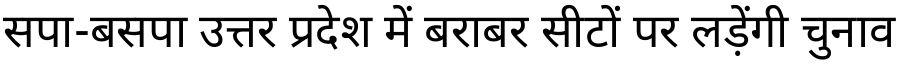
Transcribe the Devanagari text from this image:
सपा-बसपा उत्तर प्रदेश में बराबर सीटों पर लड़ेंगी चुनाव